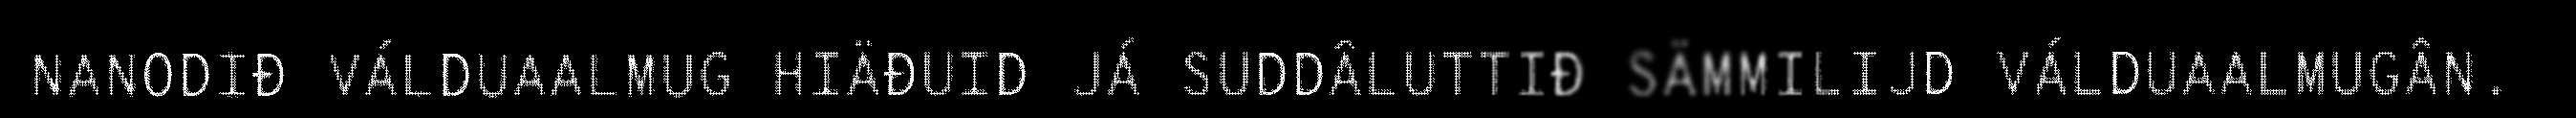
NANODIĐ VÁLDUAALMUG HIÄĐUID JÁ SUDDÂLUTTIĐ SÄMMILIJD VÁLDUAALMUGÂN.